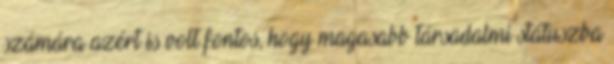
számára azért is volt fontos, hogy magasabb társadalmi státuszba